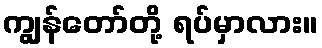
ကျွန်တော်တို့ ရပ်မှာလား။